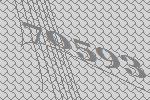
70593